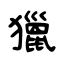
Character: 獵